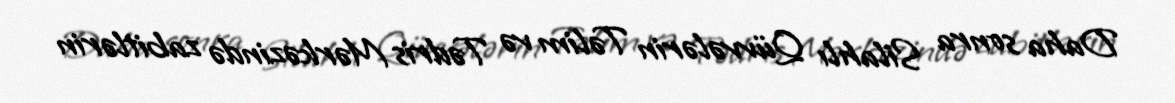
Daha sonra Silahlı Qüvvələrin Təlim və Tədris Mərkəzində zabitlərin